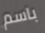
باسم